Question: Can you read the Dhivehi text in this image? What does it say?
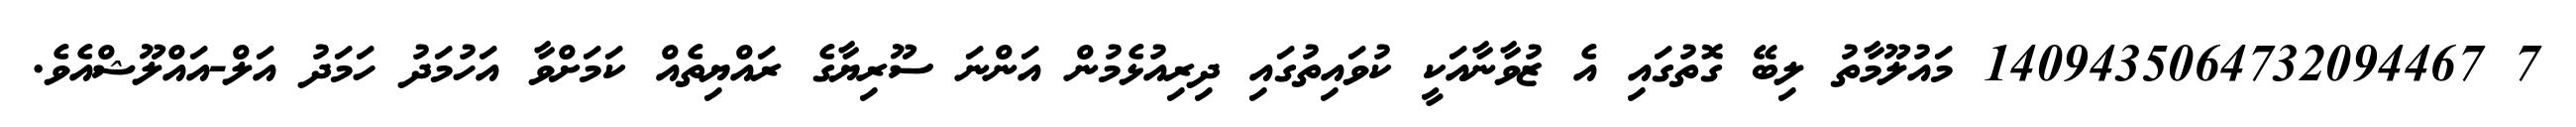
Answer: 7 1409435064732094467 މައުލޫމާތު ލިބޭ ގޮތުގައި އެ ޒުވާނާއަކީ ކުވައިތުގައި ދިރިއުޅެމުން އަންނަ ސޫރިޔާގެ ރައްޔިތެއް ކަމަށްވާ އަހުމަދު ހަމަދު އަލް-އައްލޫޝްއެވެ.